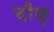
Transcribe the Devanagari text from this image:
चौक्